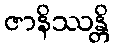
ဇာနိဿန္တိ